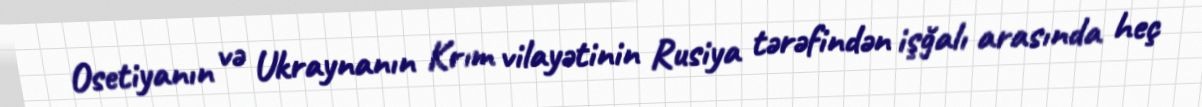
Osetiyanın və Ukraynanın Krım vilayətinin Rusiya tərəfindən işğalı arasında heç